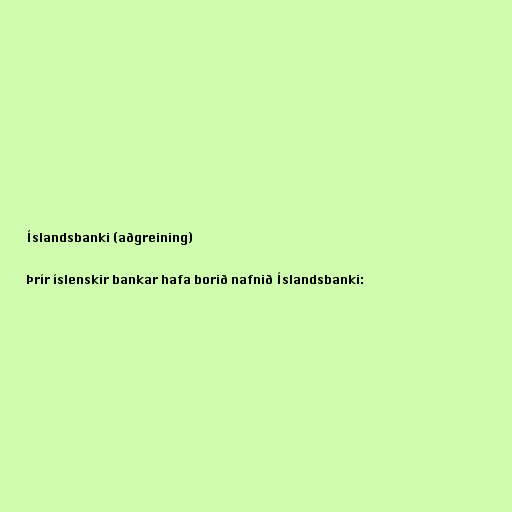
Íslandsbanki (aðgreining)

Þrír íslenskir bankar hafa borið nafnið Íslandsbanki: